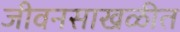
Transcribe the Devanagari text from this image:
जीवनसाखळीत